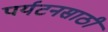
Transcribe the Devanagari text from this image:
पर्यटनसाठी